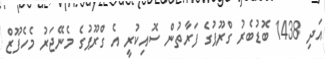
އަދި 1438 ބޮޑުބެރު ގްރޫޕުގެ ފަރާތުން ސޮއިކުރީ އެ ގްރޫޕުގެ މެނޭޖަރު މެހެފޫޒް